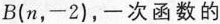
B(n，-2)，-次函数的